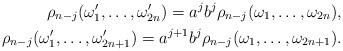
LaTeX: \begin{align*}\rho_{n-j}(\omega'_1,\ldots,\omega'_{2n})=a^jb^j\rho_{n-j}(\omega_1,\ldots,\omega_{2n}),\\\rho_{n-j}(\omega'_1,\ldots,\omega'_{2n+1})=a^{j+1}b^j\rho_{n-j}(\omega_1,\ldots,\omega_{2n+1}).\end{align*}